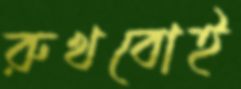
রুখবোই